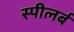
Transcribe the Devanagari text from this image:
स्पीलर्ब